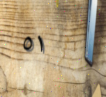
٥١